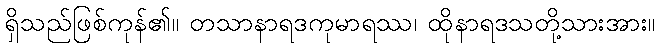
ရှိသည်ဖြစ်ကုန်၏။ တသာနာရဒကုမာရဿ၊ ထိုနာရဒသတို့သားအား။